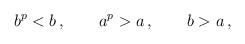
LaTeX: \begin{align*}b^p < b \,, \qquad a^p > a \,, \qquad b > a \,,\end{align*}